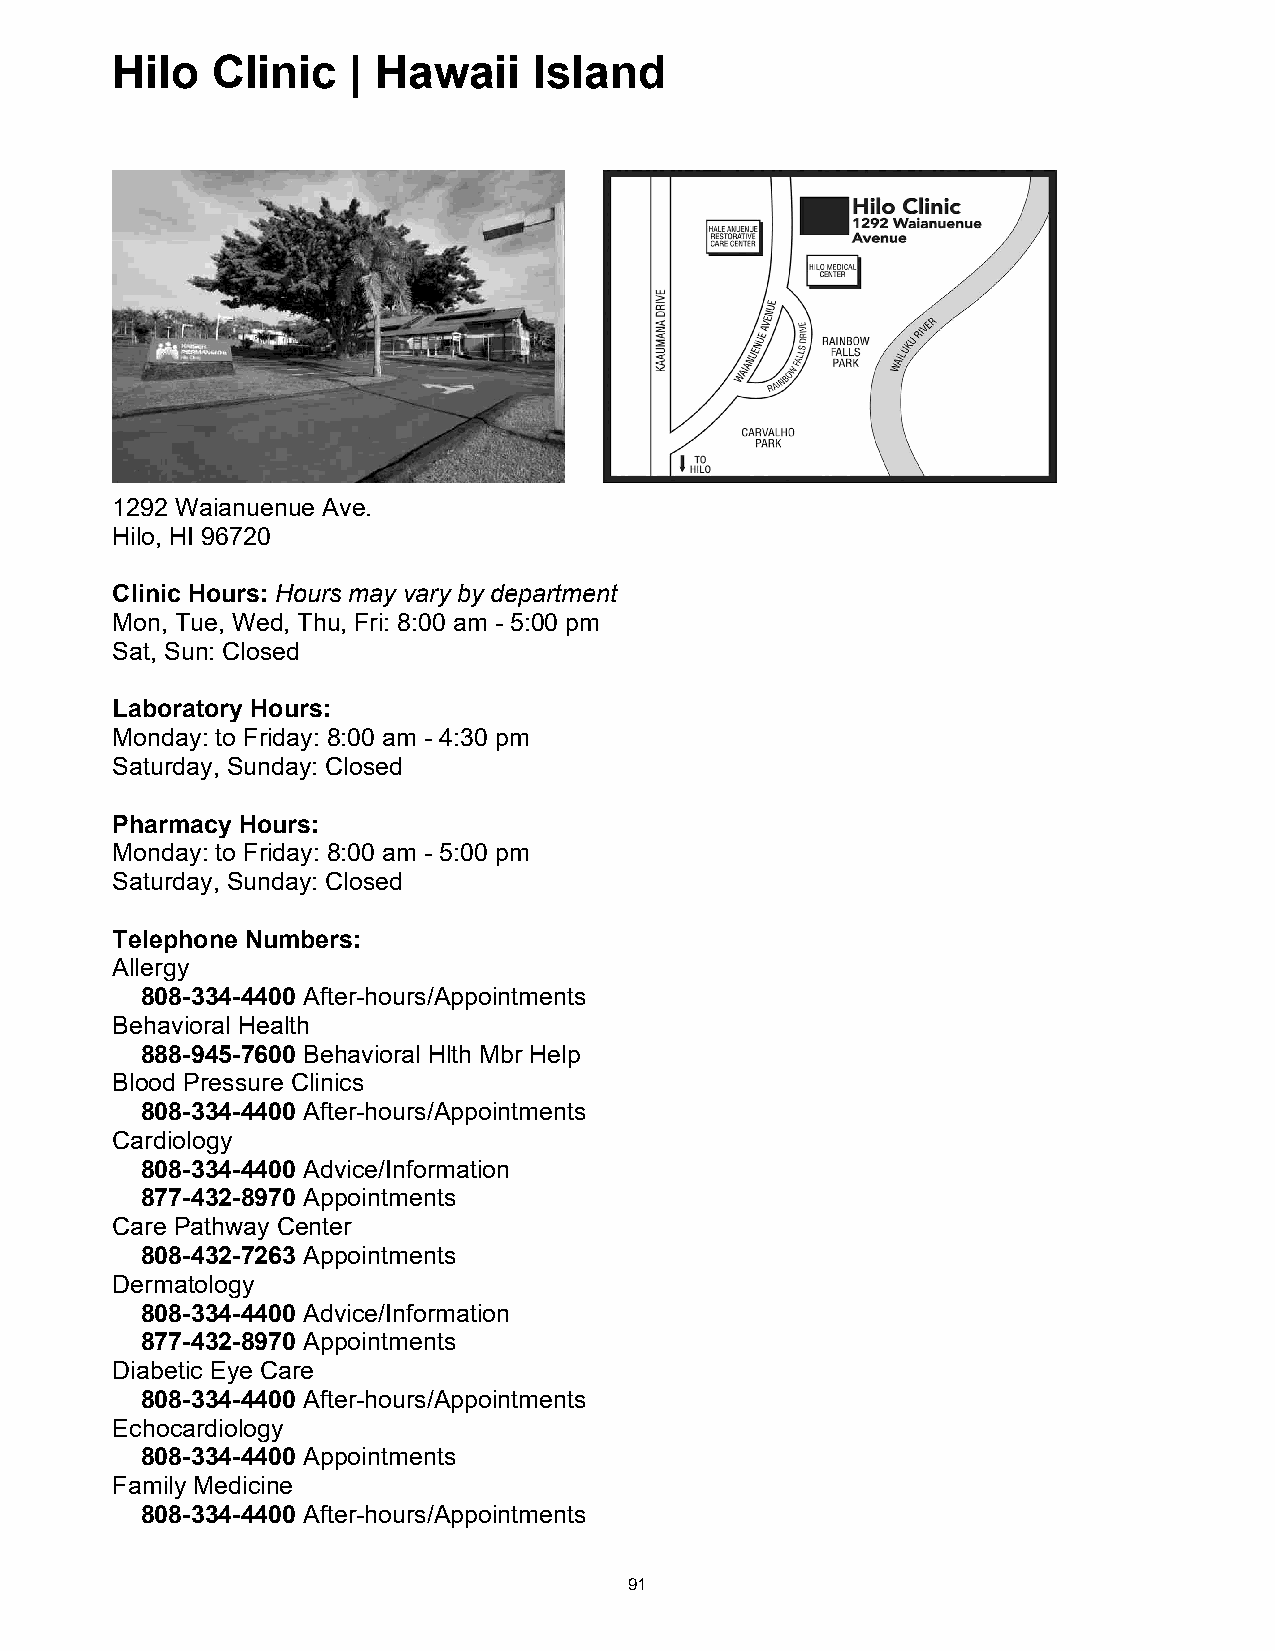
Hilo   Clinic   | Hawaii    Island
 Hilo Clinic | Hawaii Island
 1292 Waianuenue Ave.
 Hilo, HI 96720
 Clinic Hours: Hours may vary by department
 Mon, Tue, Wed, Thu, Fri: 8:00 am - 5:00 pm
 Sat, Sun: Closed
 Laboratory Hours:
 Monday: to Friday: 8:00 am - 4:30 pm
 Saturday, Sunday: Closed
 Pharmacy Hours:
 Monday: to Friday: 8:00 am - 5:00 pm
 Saturday, Sunday: Closed
 Telephone Numbers:
 Allergy
 808-334-4400 After-hours/Appointments
 Behavioral Health
 888-945-7600 Behavioral Hlth Mbr Help
 Blood Pressure Clinics
 808-334-4400 After-hours/Appointments
 Cardiology
 808-334-4400 Advice/Information
 877-432-8970 Appointments
 Care Pathway Center
 808-432-7263 Appointments
 Dermatology
 808-334-4400 Advice/Information
 877-432-8970 Appointments
 Diabetic Eye Care
 808-334-4400 After-hours/Appointments
 Echocardiology
 808-334-4400 Appointments
 Family Medicine
 808-334-4400 After-hours/Appointments
 91